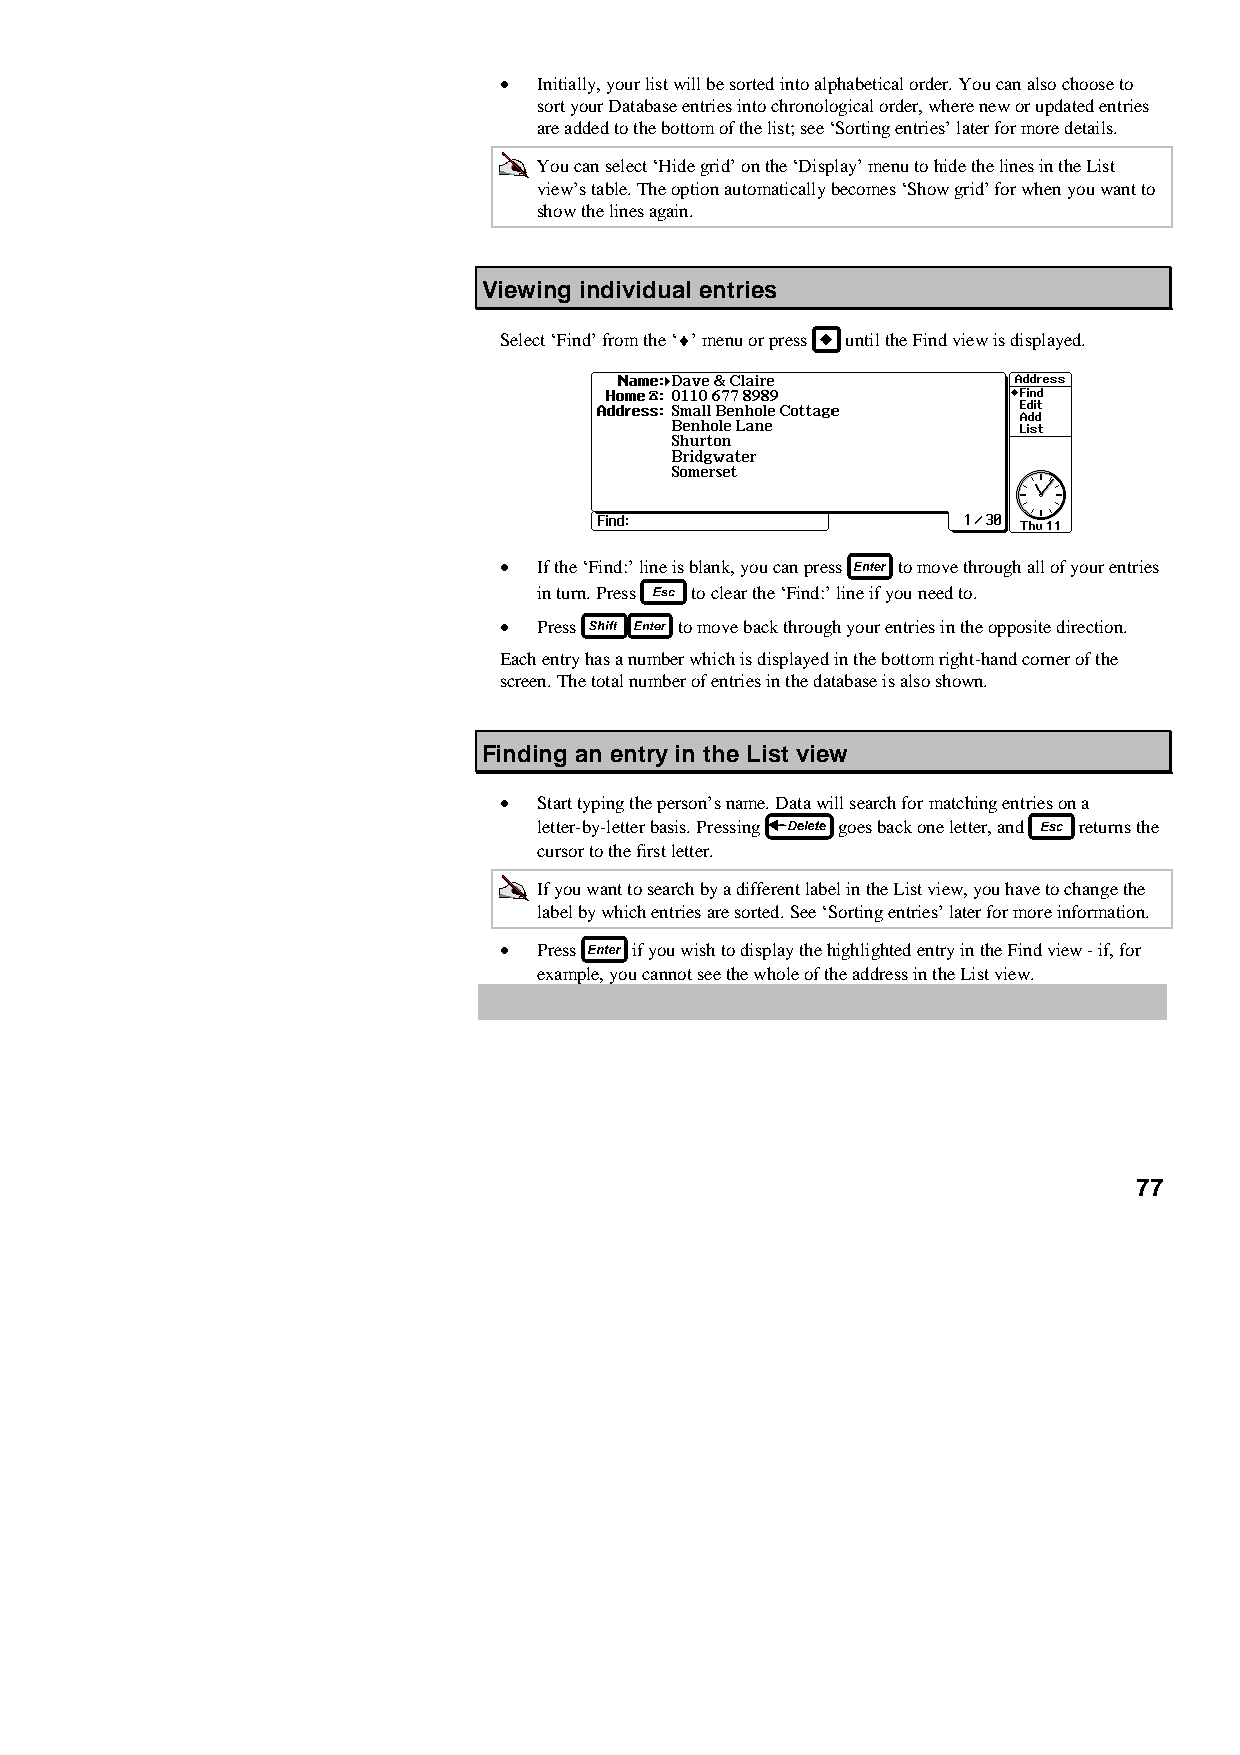
•  Initially, your list will be sorted into alphabetical order. You can also choose to
 sort your Database entries into chronological order, where new or updated entries
 are added to the bottom of the list; see ‘Sorting entries’ later for more details.
 You can select ‘Hide grid’ on the ‘Display’ menu to hide the lines in the List
 view’s table. The option automatically becomes ‘Show grid’ for when you want to
 show the lines again.
 Viewing individual entries
 Select ‘Find’ from the ‘♦’ menu or press until the Find view is displayed.
 •  If the ‘Find:’ line is blank, you can press to move through all of your entries
 in turn. Press to clear the ‘Find:’ line if you need to.
 •  Press    to move back through your entries in the opposite direction.
 Each entry has a number which is displayed in the bottom right-hand corner of the
 screen. The total number of entries in the database is also shown.
 Finding an entry in the List view
 •  Start typing the person’s name. Data will search for matching entries on a
 letter-by-letter basis. Pressing goes back one letter, and returns the
 cursor to the first letter.
 If you want to search by a different label in the List view, you have to change the
 label by which entries are sorted. See ‘Sorting entries’ later for more information.
 •  Press if you wish to display the highlighted entry in the Find view - if, for
 example, you cannot see the whole of the address in the List view.
 77